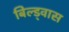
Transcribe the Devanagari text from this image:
बिल्ड्वास